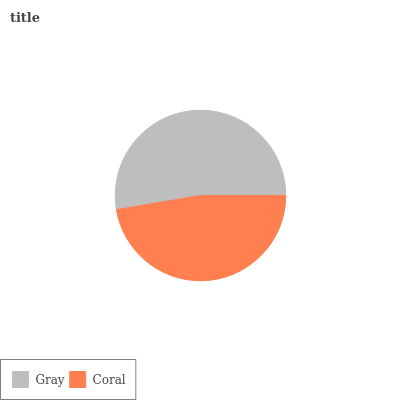
| Gray | Coral |
 | --- | --- |
 | 52.6% | 47.4% |